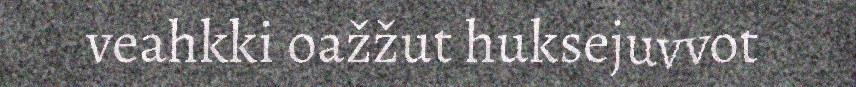
veahkki oažžut huksejuvvot